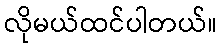
လိုမယ်ထင်ပါတယ်။